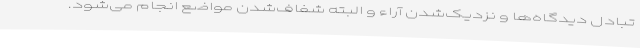
تبادل دیدگاه‌ها و نزدیک‌شدن آراء و البته شفاف‌شدن مواضع انجام می‌شود.